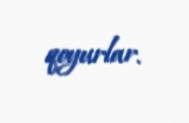
qoyurlar.